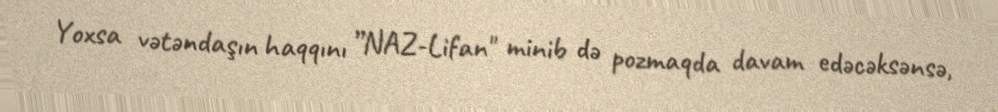
Yoxsa vətəndaşın haqqını ”NAZ-Lifan" minib də pozmaqda davam edəcəksənsə,